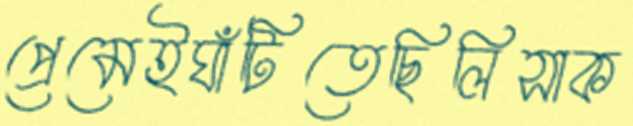
প্রেমেইঘাঁটিতেছিলিসাক